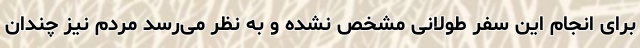
برای انجام این سفر طولانی مشخص نشده و به نظر می‌رسد مردم نیز چندان